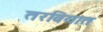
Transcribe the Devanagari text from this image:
तरवियात